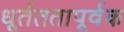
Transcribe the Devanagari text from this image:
धूर्तततापूर्वक